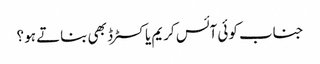
جناب کوئی آئس کریم یا کسٹرڈ بھی بناتے ہو ؟